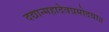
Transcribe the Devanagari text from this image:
दद्यान्महादेवप्रमोदया॥